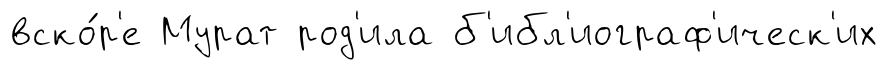
вско́р'е Мурат род'ила б'ибл'иограф'ическ'их